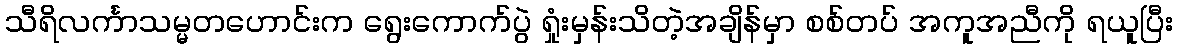
သီရိလင်္ကာသမ္မတဟောင်းက ရွေးကောက်ပွဲ ရှုံးမှန်းသိတဲ့အချိန်မှာ စစ်တပ် အကူအညီကို ရယူပြီး